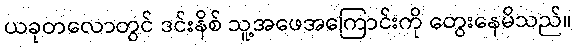
ယခုတလောတွင် ဒင်းနိစ် သူ့အဖေအကြောင်းကို တွေးနေမိသည်။